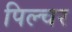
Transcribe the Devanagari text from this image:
पिल्चर